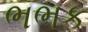
ભભક